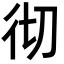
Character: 彻